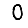
Digit: 0